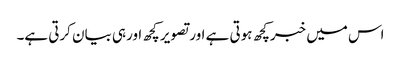
اس میں خبرکچھ ہوتی ہے اورتصویر کچھ اورہی بیان کرتی ہے۔